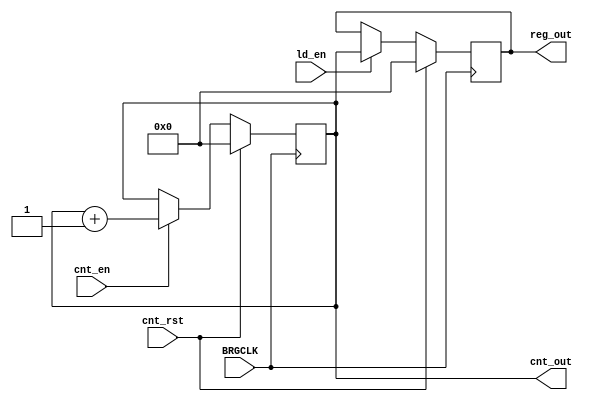
`timescale 1ps/1ps
module Datapath_ABRCKT(
	input BRGCLK, cnt_en, cnt_rst, ld_en,
	output reg[7:0] reg_out, cnt_out);

	always@(posedge BRGCLK) begin
		if(cnt_rst)cnt_out <= 8'd0;
		else if(cnt_en) cnt_out <= cnt_out + 1;
	end

	always @(posedge BRGCLK) begin
 		if(cnt_rst) reg_out <= 8'd0;
 		else if(ld_en) reg_out <= cnt_out;
	end
endmodule